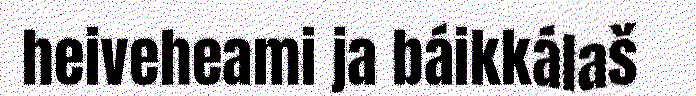
heiveheami ja báikkálaš